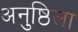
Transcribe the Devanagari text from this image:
अनुष्ठिला